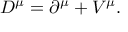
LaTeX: D ^ { \mu } = \partial ^ { \mu } + { \cal V } ^ { \mu } .